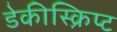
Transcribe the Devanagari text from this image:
डेकीस्क्रिप्ट